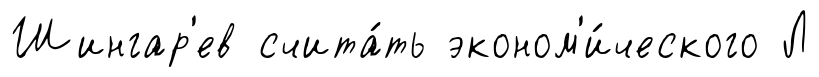
Шингар'ев счита́ть эконом'и́ческого Л